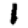
Digit: 1